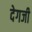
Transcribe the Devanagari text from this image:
देगजी